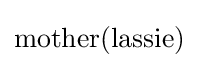
{\text{mother}}({\text{lassie}})